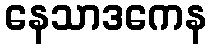
နေသာဒကေန